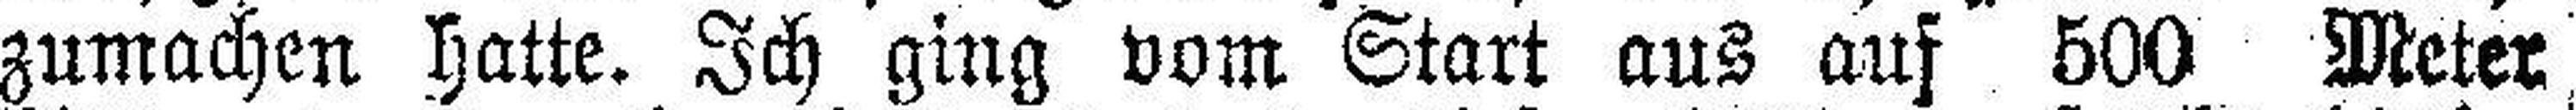
zumachen hatte. Ich ging vom Start aus auf 500 Meter